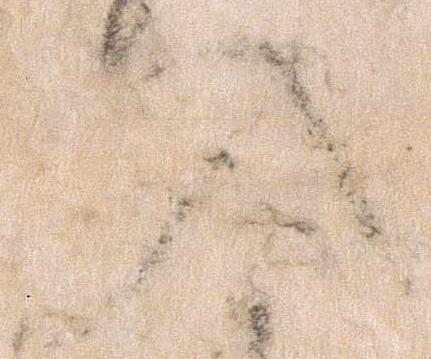
入